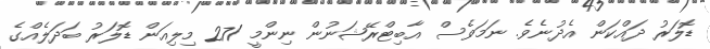
ޑޮލަރު ދައްކަން އެދުނެވެ. ނަމަވެސް އާބިޓްރޭޝަނުން ނިންމީ 271 މިލިއަން ޑޮލަރު ބަދަލެއްގެ